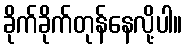
ခိုက်ခိုက်တုန်နေလို့ပါ။